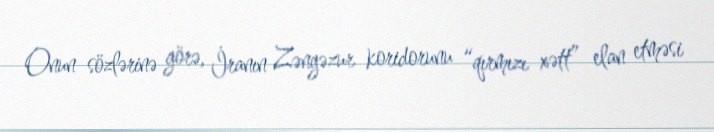
Onun sözlərinə görə, İranın Zəngəzur koridorunu “qırmızı xətt” elan etməsi